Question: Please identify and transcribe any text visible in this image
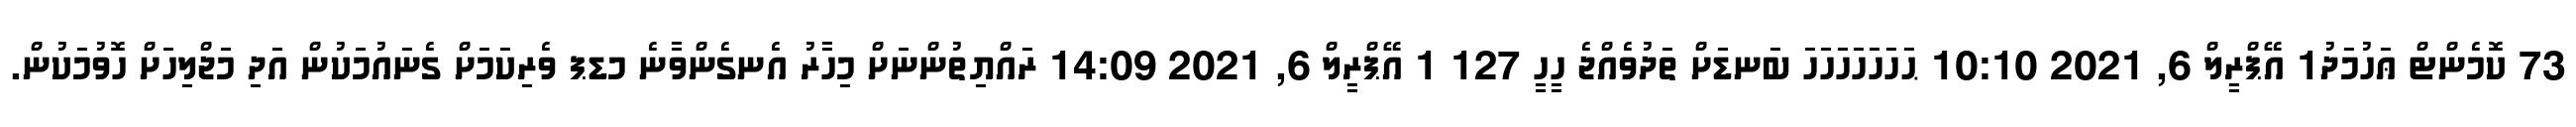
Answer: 73 ކޮމެންޓް ޢަހުމަދު1 އޭޕްރީލް 6, 2021 10:10 ޙަހަހަހަހަހަހަ ބަނޑަށް ތަދުވެއްޖެ ހީހީ 127 1 އޭޕްރީލް 6, 2021 14:09 ރައްޔިތުންނަށް މިހާރު އެނގެންވާނެ މޑޕ ވެރިކަމަށް ގެނައުމަކުން އަދި މަޖްލިހަށް ހޮވުމަކުން.